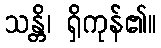
သန္တိ၊ ရှိကုန်၏။